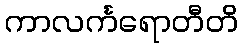
ကာလင်္ကရောတီတိ